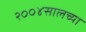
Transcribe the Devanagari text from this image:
२००४सालच्या